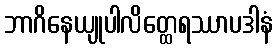
ဘာဂိနေယျုပါလိတ္ထေရဿာပဒါနံ